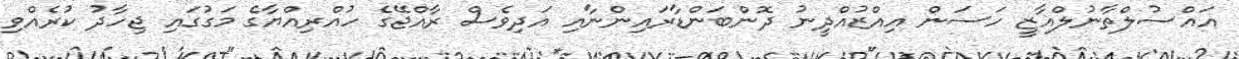
އައްސުލްތާނުލްޣާޒީ ހަސަން އިއްޒުއްދީނު ދޮންބަންޑާރައިންނާއި އަދިވެސް ރާއްޖޭގެ ހުއްރިއްޔާގެ މަގުގައި ޖިހާދު ކުރެއްވި